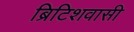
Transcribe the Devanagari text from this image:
ब्रिटिशवासी